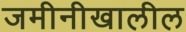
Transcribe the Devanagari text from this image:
जमीनीखालील